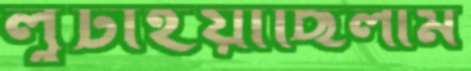
লুটাইয়াছিলাম